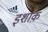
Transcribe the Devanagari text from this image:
इशाक़